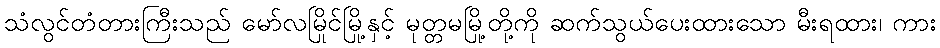
သံလွင်တံတားကြီးသည် မော်လမြိုင်မြို့နှင့် မုတ္တမမြို့တို့ကို ဆက်သွယ်ပေးထားသော မီးရထား၊ ကား